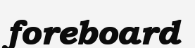
foreboard